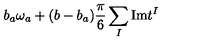
b _ { a } \omega _ { a } + ( b - b _ { a } ) { \frac { \pi } { 6 } } \sum _ { I } \mathrm { I m } t ^ { I }